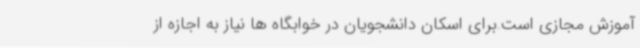
آموزش مجازی است.برای اسکان دانشجویان در خوابگاه ها نیاز به اجازه از